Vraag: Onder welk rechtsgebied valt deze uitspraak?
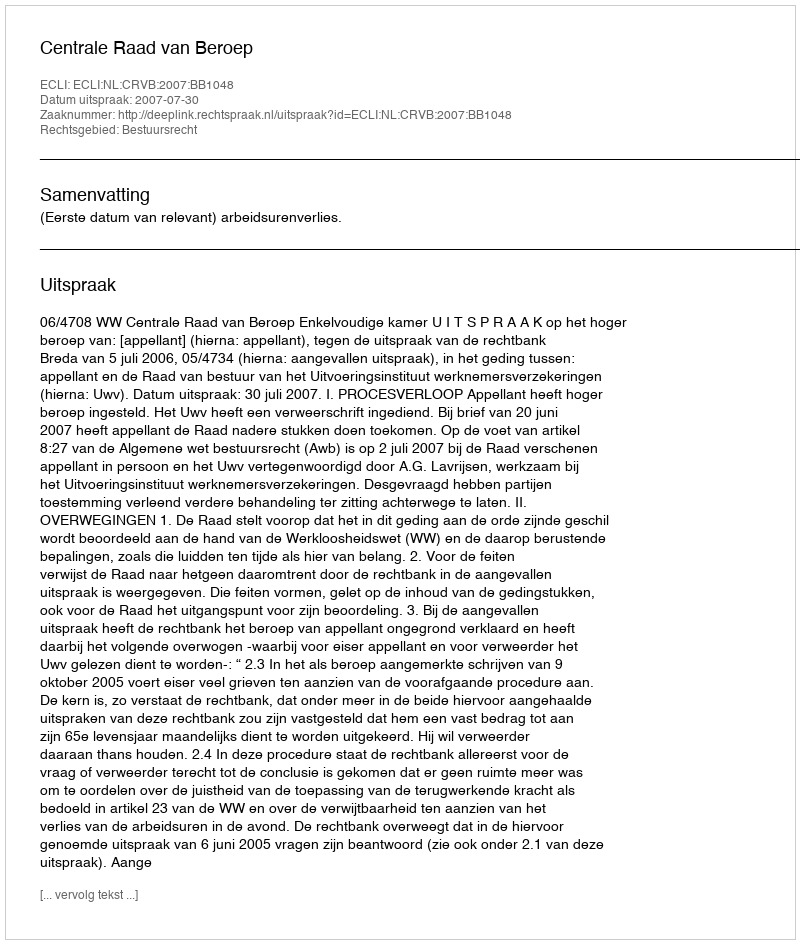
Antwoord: Bestuursrecht